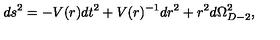
d s ^ { 2 } = - V ( r ) d t ^ { 2 } + V ( r ) ^ { - 1 } d r ^ { 2 } + r ^ { 2 } d \Omega _ { D - 2 } ^ { 2 } ,